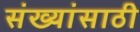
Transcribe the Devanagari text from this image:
संख्यांसाठी